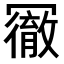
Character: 𠖢